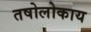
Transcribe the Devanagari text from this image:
तषोलोकाय